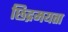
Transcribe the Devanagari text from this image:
छिद्रमयता